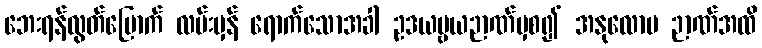
ဘေးရန်လွတ်မြောက် လမ်းမှန် ရောက်သောအခါ ဥဒယဗ္ဗယဉာဏ်မှစ၍ အနုလောမ ဉာဏ်အထိ